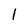
Character: l